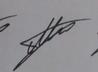
Signature authenticity: genuine